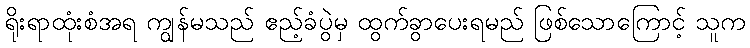
ရိုးရာထုံးစံအရ ကျွန်မသည် ဧည့်ခံပွဲမှ ထွက်ခွာပေးရမည် ဖြစ်သောကြောင့် သူက